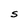
Character: S